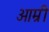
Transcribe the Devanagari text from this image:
आम्री